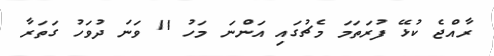
ރާއްޖެ ކުޅޭ ފުރަތަމަ މެޗުގައި އަންނަ މަހު 11 ވަނަ ދުވަހު ގަތަރާ